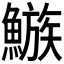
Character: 𩻀